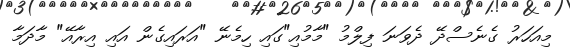
މިއަހަރު ގެނެސްދޭ ދެވަނަ ފިލްމު "މާމުއި"ގައި ހިމެނޭ "އަރައިގެން އައި އިރާއޭ" މާދަމާ